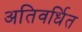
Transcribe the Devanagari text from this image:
अतिवर्धित